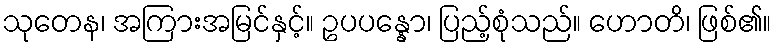
သုတေန၊ အကြားအမြင်နှင့်။ ဥပပန္နော၊ ပြည့်စုံသည်။ ဟောတိ၊ ဖြစ်၏။